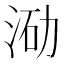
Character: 𭰛